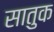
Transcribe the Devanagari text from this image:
सातुक